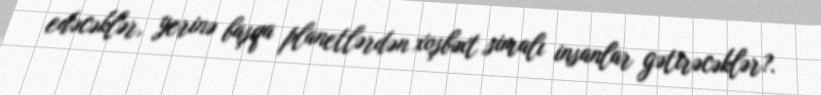
edəcəklər, yerinə başqa planetlərdən xoşbəxt simalı insanlar gətirəcəklər?.